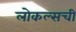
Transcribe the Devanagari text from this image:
लोकल्सची